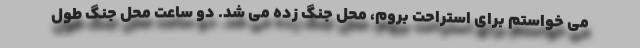
می خواستم برای استراحت بروم، محل جنگ زده می شد. دو ساعت محل جنگ طول